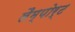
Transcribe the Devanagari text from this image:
लैम्पोर्ट